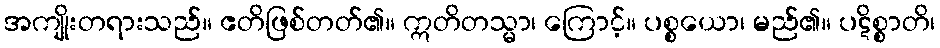
အကျိုးတရားသည်။ ဧတိဖြစ်တတ်၏။ ဣတိတသ္မာ၊ ကြောင့်။ ပစ္စယော၊ မည်၏။ ပဋိစ္စာတိ၊